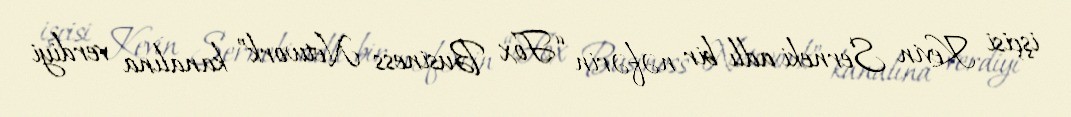
işçisi Kevin Serneki adlı bir nəfərin “Fox Business Network” kanalına verdiyi